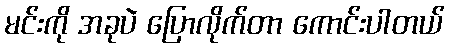
မင်းကို အခုပဲ ပြောလိုက်တာ ကောင်းပါတယ်